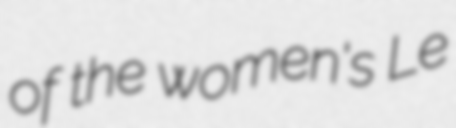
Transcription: of the women's Le